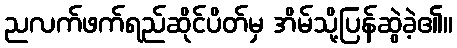
ညလက်ဖက်ရည်ဆိုင်ပိတ်မှ အိမ်သို့ပြန်ဆွဲခဲ့၏။